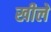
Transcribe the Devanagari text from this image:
खीलें